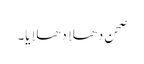
صحن دھلا دھلایا۔